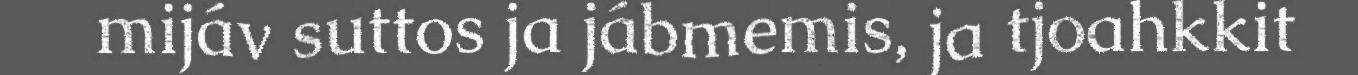
mijáv suttos ja jábmemis, ja tjoahkkit